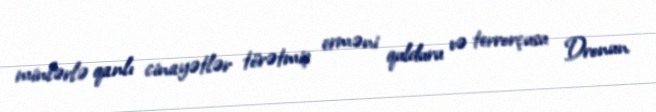
minlərlə qanlı cinayətlər törətmiş erməni qulduru və terrorçusu Dronun